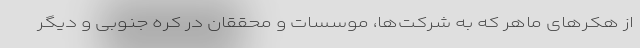
از هکرهای ماهر که به شرکت‌ها، موسسات و محققان در کره جنوبی و دیگر